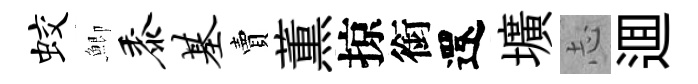
蛟鯽黍基賣薫掠銜還壙𢖽逥